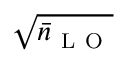
\sqrt { \bar { n } _ { \mathrm { ~ L ~ O ~ } } }